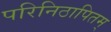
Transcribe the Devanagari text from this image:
परिनिठापितम्